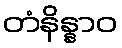
တံနိန္နာဝ